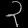
Digit: ၃